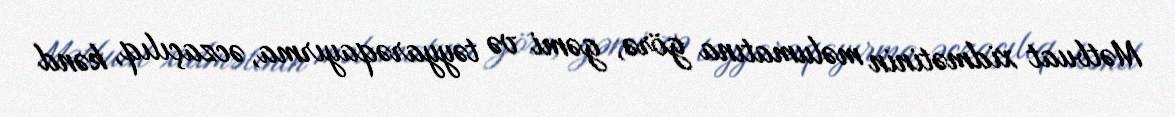
Mətbuat xidmətinin məlumatına görə, gəmi və təyyarəqayırma, əczaçılıq, kənd